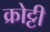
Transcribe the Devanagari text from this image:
क्रोट्टी